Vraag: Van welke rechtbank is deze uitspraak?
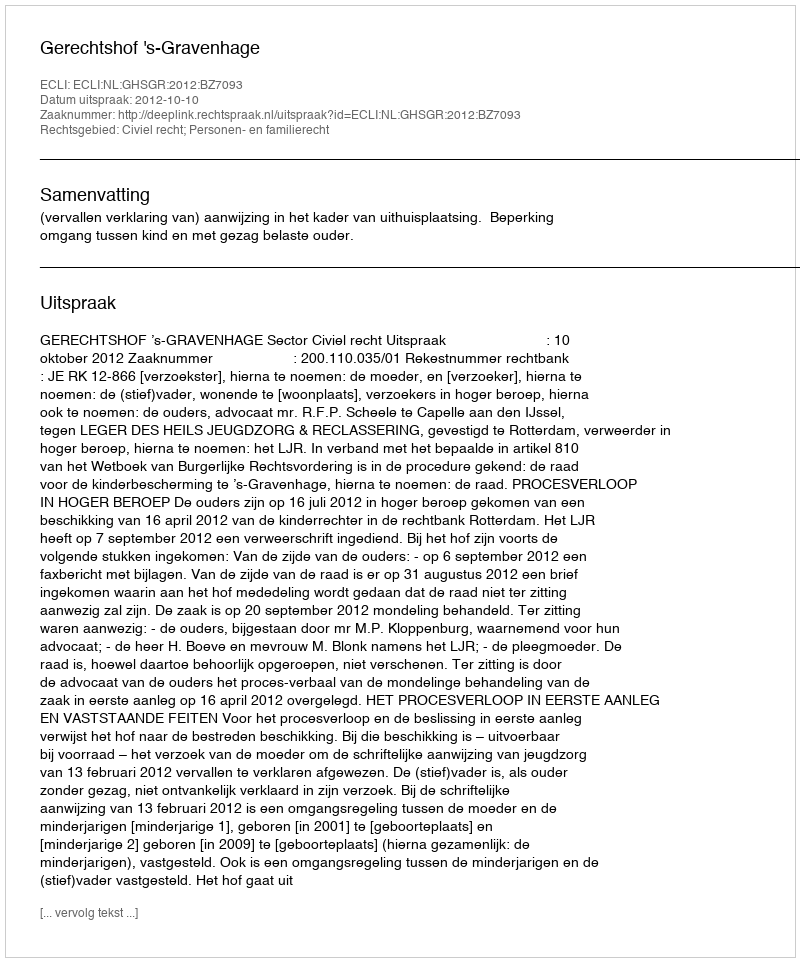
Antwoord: Gerechtshof 's-Gravenhage